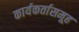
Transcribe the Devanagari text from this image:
कार्यकर्तासमूह